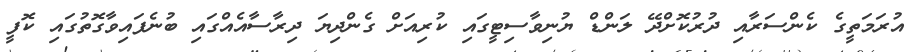
އުރަމަތީގެ ކެންސަރާއި ދުރުކޮށްދޭ ލަންޑް ޔުނިވާސިޓީގައި ކުރިއަށް ގެންދިޔަ ދިރާސާއެއްގައި ބުނެފައިވާގޮތުގައި ކޮފީ